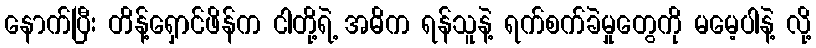
နောက်ပြီး တိန့်ရှောင်ဖိန်က ငါတို့ရဲ့ အဓိက ရန်သူနဲ့ ရက်စက်ခဲမှုတွေကို မမေ့ပါနဲ့ လို့